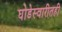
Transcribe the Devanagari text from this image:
घोडेस्वारीतही